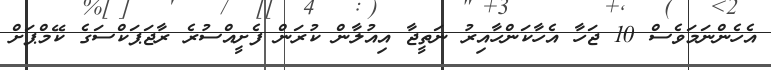
އެހެންނަމަވެސް 10 ޖަހާ އެހާކަންހާއިރު ނަތީޖާ އިއުލާން ކުރަން ފެށީއްސުރެ ރާޖަޕަކްސަގެ ކޭމްޕަށް